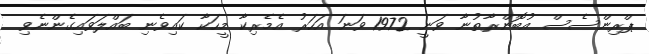
ޕްރިންސެސް އުބޮންރާތުނާ ވަނީ 1972 ވަނަ އަހަރު އެމެރިކާ މީހަކާ ކައިވެނި ބައްލަވައިގެންނެވި